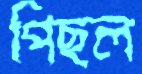
পিছল